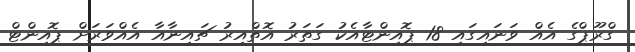
ގްރޫޕްގެ އެއް ވަނައިގައި 18 ޕޮއިންޓާއެކު ގަތަރު އޮތްއިރު ޗައިނާއާ އެއްވަރަށް ޕޮއިންޓް